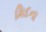
મિદના